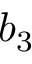
b _ { 3 }